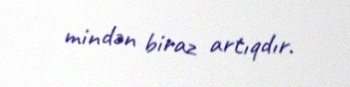
mindən biraz artıqdır.